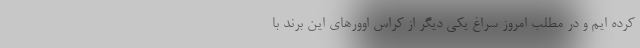
کرده ایم و در مطلب امروز سراغ یکی دیگر از کراس اوورهای این برند با